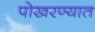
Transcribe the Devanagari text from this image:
पोखरण्यात